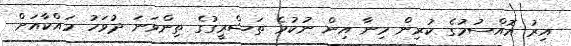
އިރު އޮއްސުމުގެ ކުރިން މިނާ އިން ނުކުމެ ތަޝްރީގުގެ ތިންވަނަ ދުވަހު މައްކާއަށް